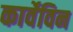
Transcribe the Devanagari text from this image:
कार्वेविन